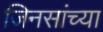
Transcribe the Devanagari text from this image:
जिनसांच्या